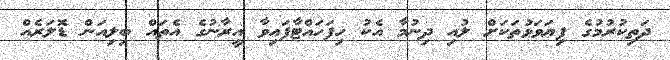
ދަތިކުރުމުގެ ފިޔަވަޅުތަކަށް ލުއި ދިނުމާ އެކު ހިފަހައްޓާފައިވާ އީރާނުގެ އެތައް ބިލިއަން ޑޮލަރެއް